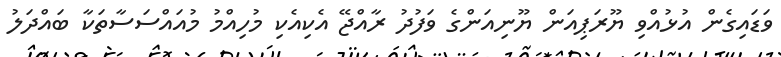
ވަޑައިގެން އުޅުއްވި ޔޫރަޕިއަން ޔޫނިއަންގެ ވަފުދު ރާއްޖޭ އެކިއެކި މުހިއްމު މުއައްސަސާތަކާ ބައްދަލު